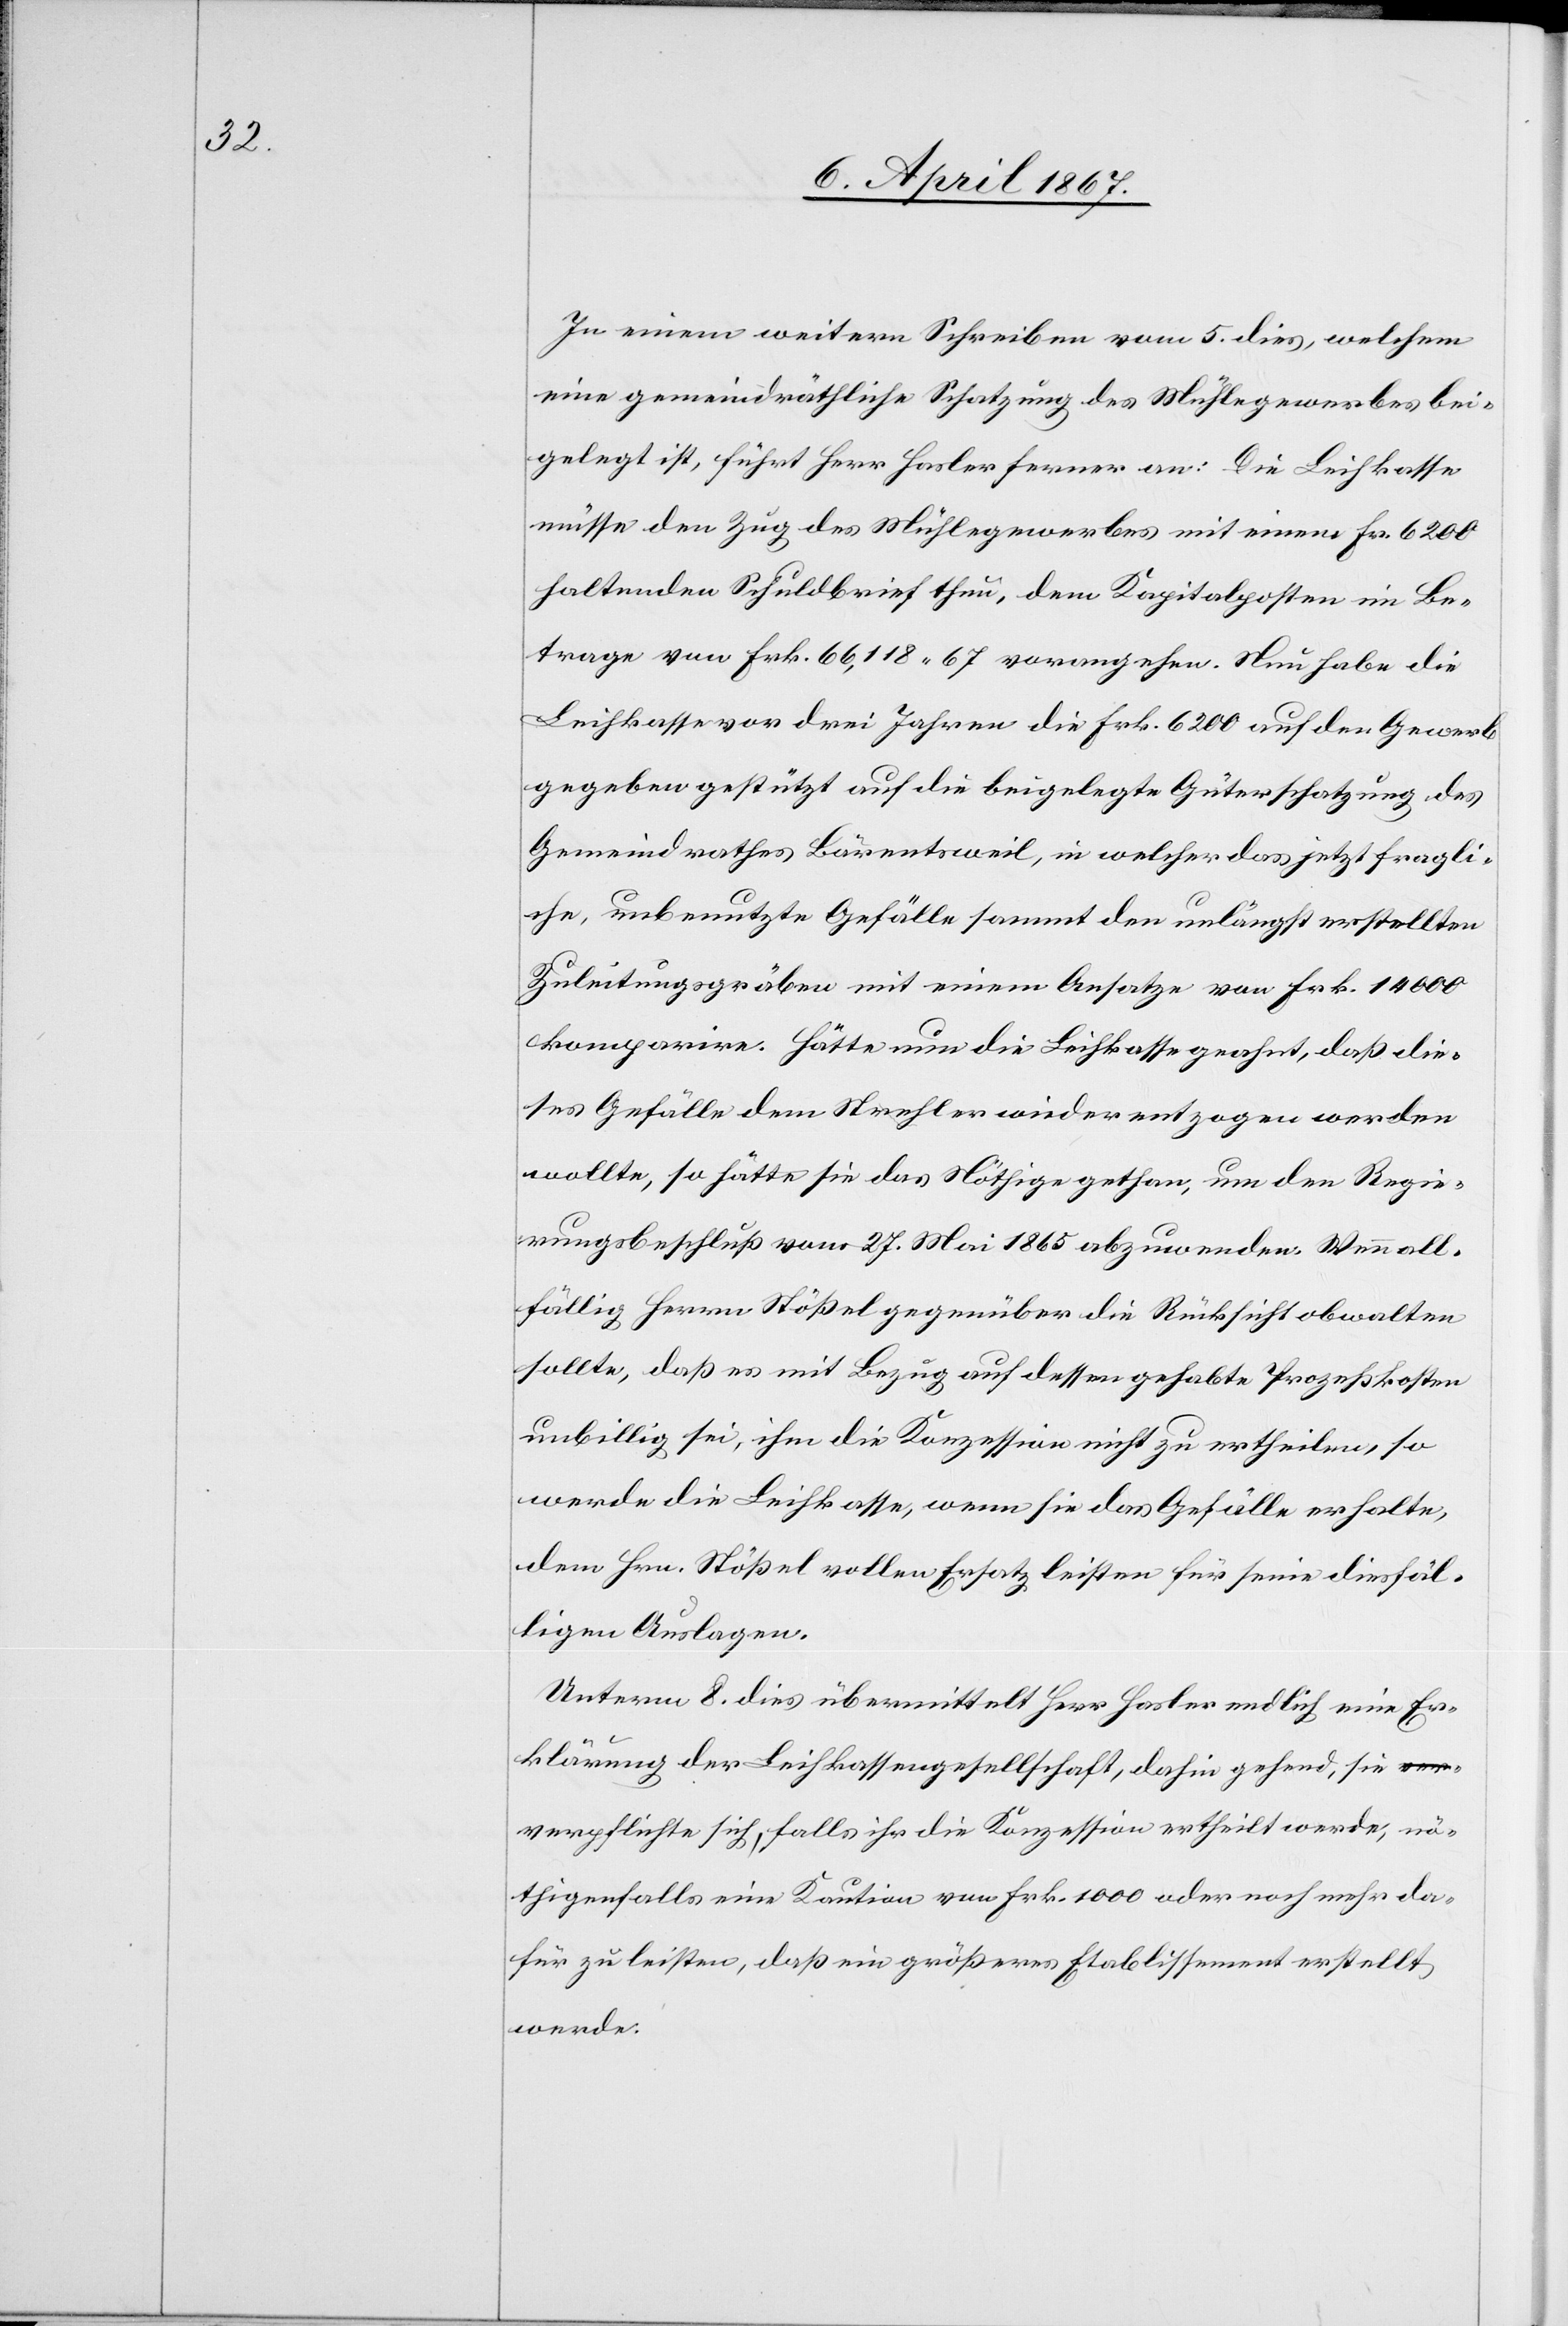
In einem weitern Schreiben vom 5. dies, welchem
eine gemeindräthliche Schatzung des Mühlegewerbes bei¬
gelegt ist, führt Herr Hasler ferner an: Die Leihkasse
müsse den Zug des Mühlegewerbes mit einem Fr. 6200
haltenden Schuldbrief thun, dem Kapitalposten im Be¬
trage von Frk. 66,118. 67 vorangehen. Neu habe die
Leihkasse vor drei Jahren die Frk. 6200 auf den Gewerb
gegeben gestützt auf die beigelegte Güterschatzung des
Gemeindrathes Bärentsweil, in welcher das jetzt fragli¬
che, unbenutzte Gefälle sammt den unlängst erstellten
Zuleitungsgräben mit einem Ansatze von Frk. 14 000
konzessire. Hätte nun die Leihkasse geahnt, daß die¬
ses Gefälle dem Strehler wieder entzogen werden
wollte, so hätte sie das Nöthige gethan, um den Regie¬
rungsbeschluß vom 27. Mai 1865 abzuwenden. Wenn all¬
fällig Herrn Stößel gegenüber die Rücksicht obwalten
sollte, daß es mit Bezug auf dessen gehabte Prozeßkosten
unbillig sei, ihm die Konzession nicht zu ertheilen, so
werde die Leihkasse, wenn sie das Gefälle erhalte,
dem Hrn. Stößel vollen Ersatz leisten für seine diesfäl¬
ligen Auslagen.
Unterm 8. dies übermittelt Herr Hasler endlich eine Er¬
klärung der Leihkassengesellschaft, dahin gehend, sie v¬
erpflichte sich, falls ihr die Konzession ertheilt werde, nö¬
thigenfalls eine Kaution von Frk. 1000 oder noch mehr da¬
für zu leisten, daß ein größeres Etablissement erstellt
werde.